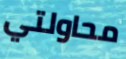
محاولتي